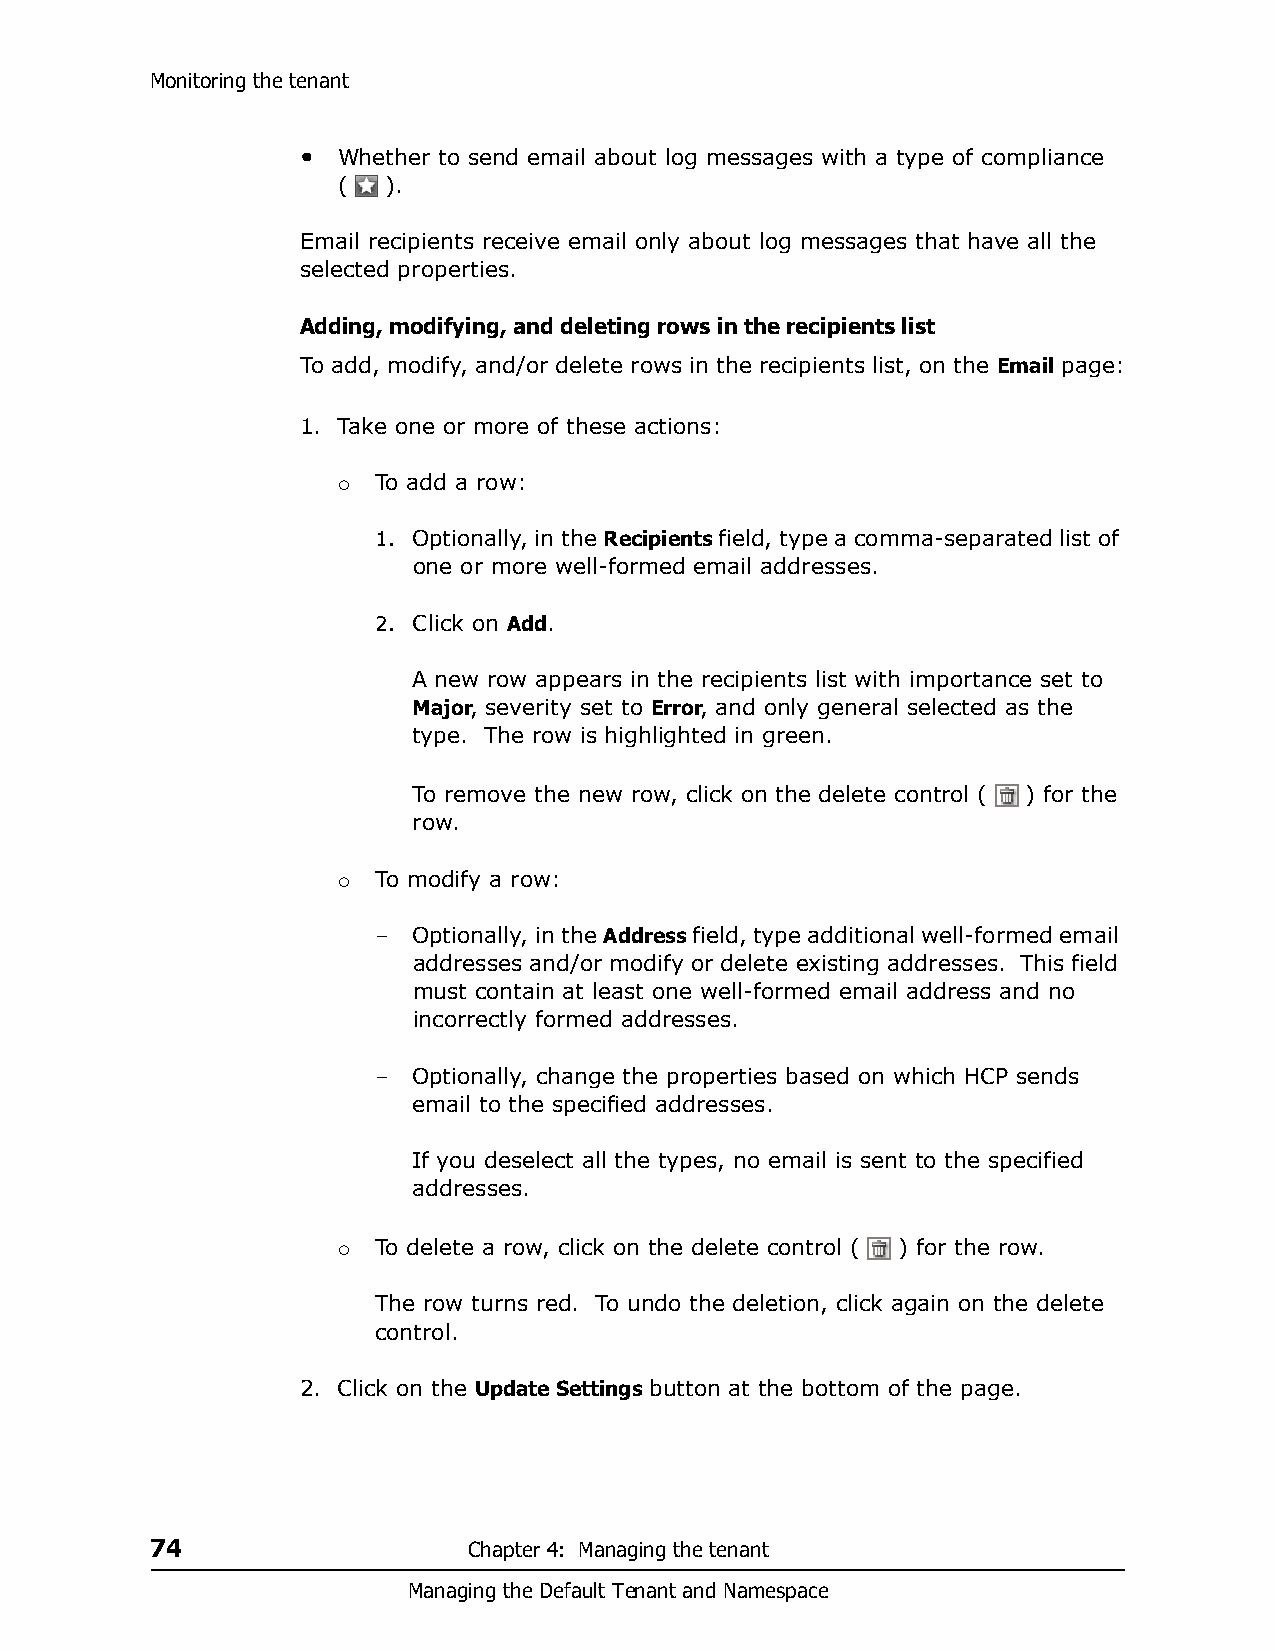
Monitoring the tenant
 • Whether to send email about log messages with a type of compliance
 (  ).
 Email recipients receive email only about log messages that have all the
 selected properties.
 Adding, modifying, and deleting rows in the recipients list
 To add, modify, and/or delete rows in the recipients list, on the Email page:
 1. Take one or more of these actions:
 To add a row:
 
 1. Optionally, in the Recipients field, type a comma-separated list of
 one or more well-formed email addresses.
 2. Click on Add.
 A new row appears in the recipients list with importance set to
 Major, severity set to Error, and only general selected as the
 type. The row is highlighted in green.
 To remove the new row, click on the delete control ( ) for the
 row.
 To modify a row:
 
 – Optionally, in the Address field, type additional well-formed email
 addresses and/or modify or delete existing addresses. This field
 must contain at least one well-formed email address and no
 incorrectly formed addresses.
 – Optionally, change the properties based on which HCP sends
 email to the specified addresses.
 If you deselect all the types, no email is sent to the specified
 addresses.
 To delete a row, click on the delete control ( ) for the row.
 
 The row turns red. To undo the deletion, click again on the delete
 control.
 2. Click on the Update Settings button at the bottom of the page.
 74                   Chapter 4: Managing the tenant
 Managing the Default Tenant and Namespace